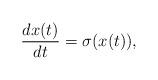
LaTeX: \begin{align*}\frac{dx(t)}{dt}=\sigma(x(t)),\end{align*}